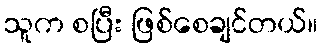
သူက စပြီး ဖြစ်စေချင်တယ်။